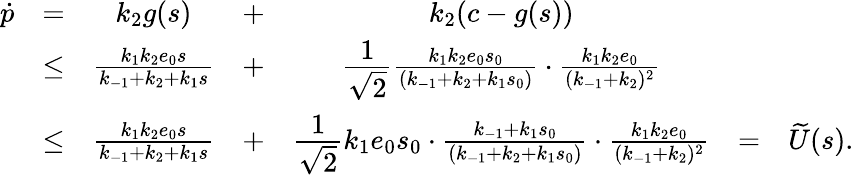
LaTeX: \begin{array}{rcccccl}{\dot{p}}&{=}&{k_{2}g(s)}&{+}&{k_{2}(c-g(s))}&&\\ &{\leq}&{\frac{k_{1}k_{2}e_{0}s}{k_{-1}+k_{2}+k_{1}s}}&{+}&{\cfrac{1}{\sqrt 2}\frac{k_{1}k_{2}e_{0}s_{0}}{(k_{-1}+k_{2}+k_{1}s_{0})}\cdot\frac{k_{1}k_{2}e_{0}}{(k_{-1}+k_{2})^{2}}}&&\\ &{\leq}&{\frac{k_{1}k_{2}e_{0}s}{k_{-1}+k_{2}+k_{1}s}}&{+}&{\cfrac{1}{\sqrt 2}k_{1}e_{0}s_{0}\cdot\frac{k_{-1}+k_{1}s_{0}}{(k_{-1}+k_{2}+k_{1}s_{0})}\cdot\frac{k_{1}k_{2}e_{0}}{(k_{-1}+k_{2})^{2}}}&{=}&{\widetilde U(s).}\end{array}